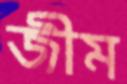
জীম